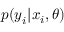
p ( \boldsymbol { y } _ { i } | \boldsymbol { x } _ { i } , \boldsymbol { \theta } )